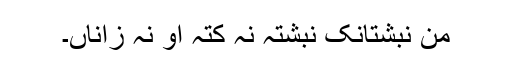
من نبشتانک نبشتہ نہ کتہ او نہ زاناں۔